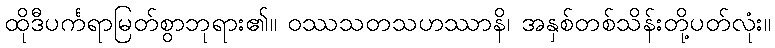
ထိုဒီပင်္ကရာမြတ်စွာဘုရား၏။ ဝဿသတသဟဿာနိ၊ အနှစ်တစ်သိန်းတို့ပတ်လုံး။